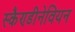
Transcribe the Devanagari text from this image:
स्कैण्डीनेवियन